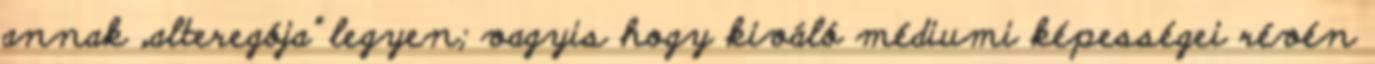
annak „al­te­re­gója” legyen; vagyis hogy kiváló médiumi képességei révén